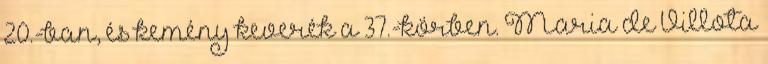
20.-ban, és kemény keverék a 37.-körben. Maria de Villota